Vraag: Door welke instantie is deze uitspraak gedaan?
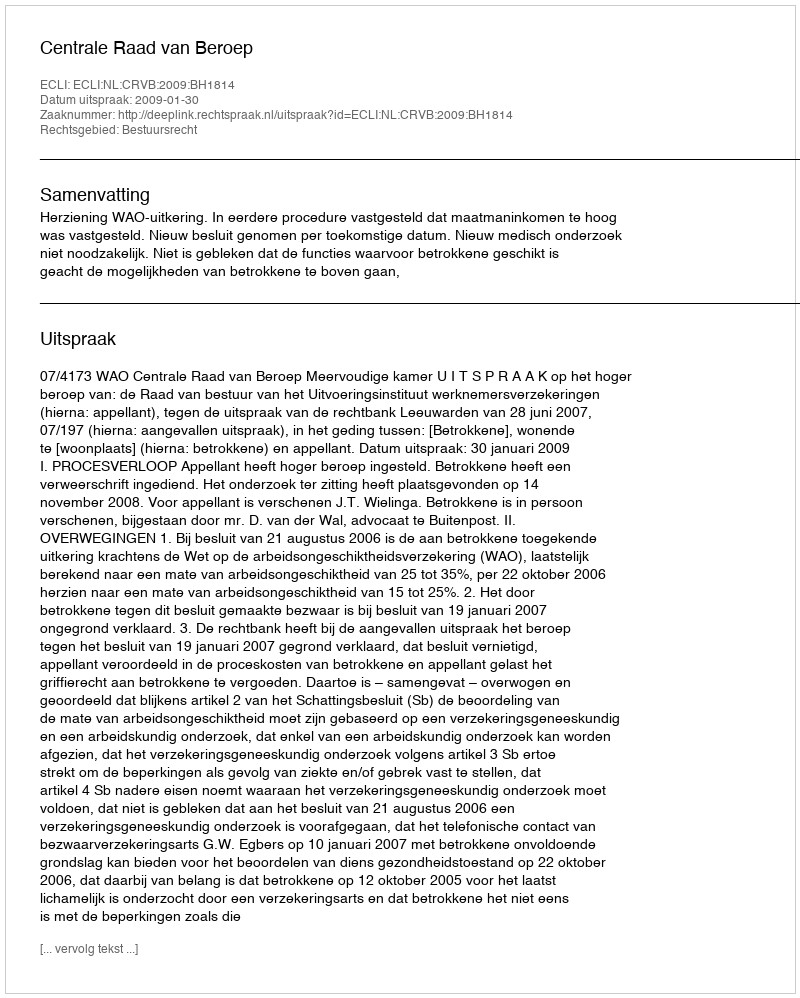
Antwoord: Centrale Raad van Beroep